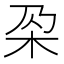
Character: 𣏻